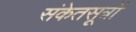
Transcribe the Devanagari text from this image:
संकेतसूत्रों